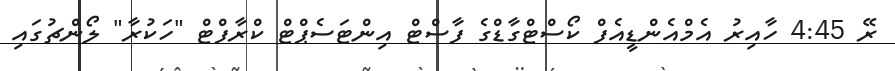
ރޭ 4:45 ހާއިރު އެމްއެންޑީއެފް ކޯސްޓްގާޑްގެ ފާސްޓް އިންޓަސެޕްޓް ކްރާފްޓް "ހަކުރާ" ލޯންޗުގައި